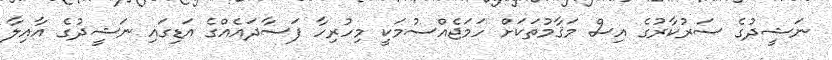
ނަޝީދުގެ ސަރުކާރުގެ އިސް މަޤާމުތަކަށް ހަމަޖެއްސުމަކީ މިހުރިހާ ފަސާދައެއްގެ އަޑިގައި ނަޝީދުގެ އާއިލާ